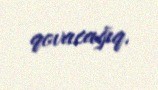
qovacağıq.